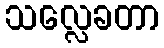
သလ္လေခတာ